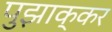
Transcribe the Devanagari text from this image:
पुझाक्कर